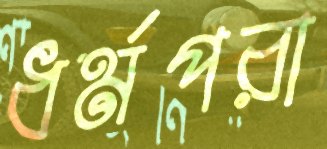
ধর্মপরা